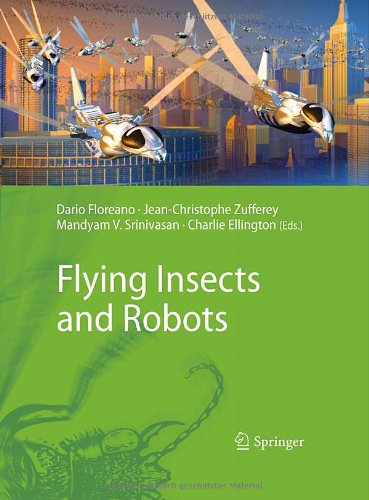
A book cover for Flying Insects and Robots; Computers & Technology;